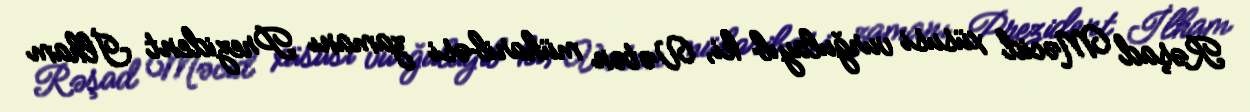
Rəşad Məcid xüsusi vurğulayıb ki, Vətən müharibəsi zamanı Prezident İlham